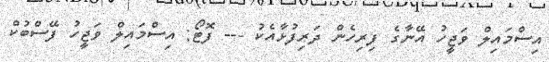
އިސްމައިލް ވަޖީހު އޭނާގެ ފިރިހެން ދަރިފުޅާއެކު --- ފޮޓޯ: އިސްމައިލް ވަޖީހު ފޭސްބުކް